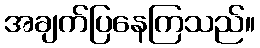
အချက်ပြနေကြသည်။